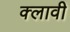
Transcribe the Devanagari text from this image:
क्लावी